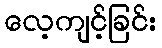
လေ့ကျင့်ခြင်း